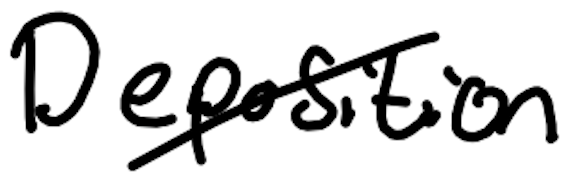
Text: Deposition
Cross-out: diagonal
Writing tool: digital_black